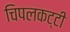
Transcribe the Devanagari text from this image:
चिपलकट्टी